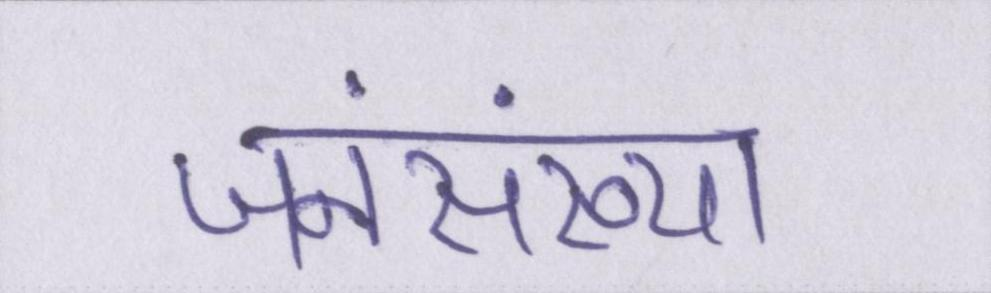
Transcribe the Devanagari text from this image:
जनसंख्या